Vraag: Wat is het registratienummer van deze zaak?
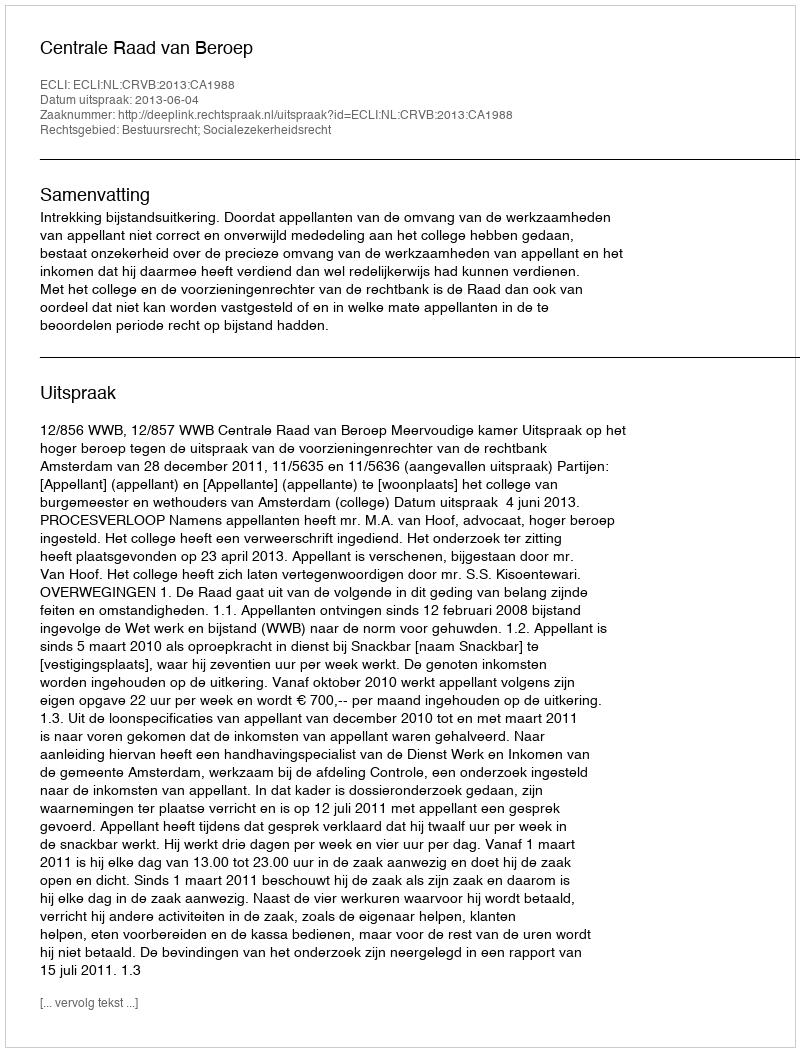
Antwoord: http://deeplink.rechtspraak.nl/uitspraak?id=ECLI:NL:CRVB:2013:CA1988